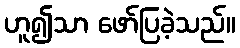
ဟူ၍သာ ဖော်ပြခဲ့သည်။